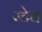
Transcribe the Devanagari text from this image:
स्टेब